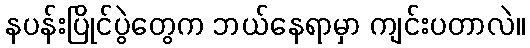
နပန်းပြိုင်ပွဲတွေက ဘယ်နေရာမှာ ကျင်းပတာလဲ။